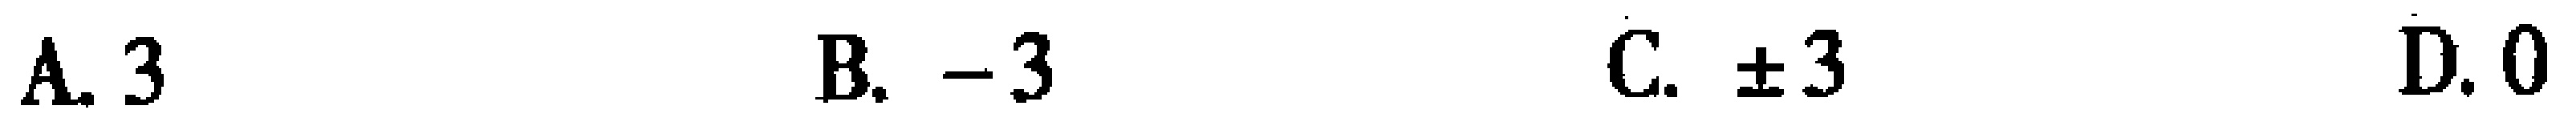
A. 3  B. -3  C. $\pm3$  D. 0